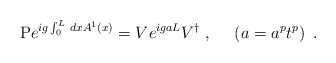
\begin{align*}\mbox{P} e^{ ig\int_0^L \, dx A^1(x)}= V e^{igaL}V^{\dagger} \ , \ \ \ \ \left(a= a^{p}t^{p}\right) \ .\end{align*}